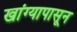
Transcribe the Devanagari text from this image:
खांग्यापासून